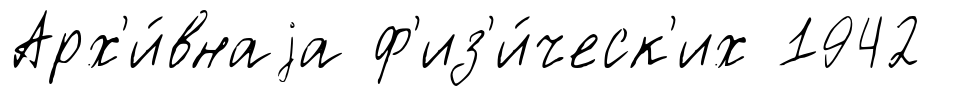
Арх'и́внаjа ф'из'и́ческ'их 1942